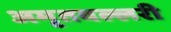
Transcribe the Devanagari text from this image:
अमृतवल्लरी